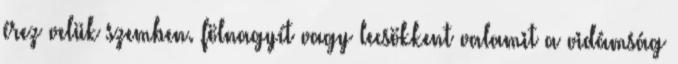
érez velük szemben. fölnagyít vagy lecsökkent valamit a vidámság